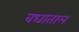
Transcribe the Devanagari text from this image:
बघाताल